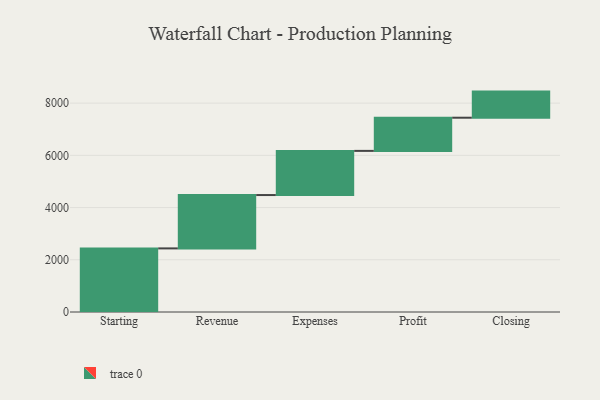
{"axis": {"x": "Step", "y": "Value"}, "legend": [""], "data": [{"x": "Starting", "y": 2436.0, "type": ""}, {"x": "Revenue", "y": 2044.0, "type": ""}, {"x": "Expenses", "y": 1691.0, "type": ""}, {"x": "Profit", "y": 1271.0, "type": ""}, {"x": "Closing", "y": 1000, "type": ""}]}